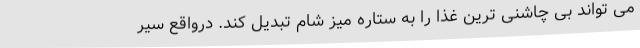
می تواند بی چاشنی ترین غذا را به ستاره میز شام تبدیل کند. درواقع سیر